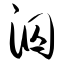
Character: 泅